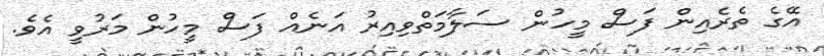
އޭގެ ތެރެއިން ފަސް މީހުން ސަލާމަތްވިއިރު އަނެއް ފަސް މީހުން މަރުވީ އެވެ.